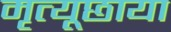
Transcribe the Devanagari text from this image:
मृत्यूछाया